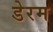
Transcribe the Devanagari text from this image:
डेरम